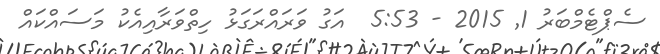
ސެޕްޓެމްބަރު 1